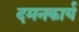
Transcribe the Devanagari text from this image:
दमनकार्य